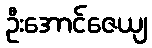
ဦးအောင်ဇေယျ